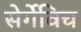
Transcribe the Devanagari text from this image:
सेर्गेविच